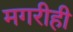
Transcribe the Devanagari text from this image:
मगरीही